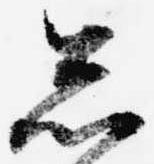
忩